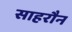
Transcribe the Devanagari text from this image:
साहरौन